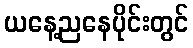
ယနေ့ညနေပိုင်းတွင်